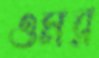
ওমর